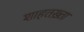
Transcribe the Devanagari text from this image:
शाहतख़्ता